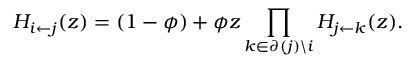
H _ { i \leftarrow j } ( z ) = ( 1 - \phi ) + \phi z \prod _ { k \in \partial ( j ) \backslash i } H _ { j \leftarrow k } ( z ) .